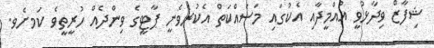
ޝިފާޒް ވިދާޅުވީ އުއްމީދާއި އެކުގައި މަސައްކަތް އެކުރެވެނީ ޕާޓީގެ ވިންދެއް ހުރީތީވެ ކަމށެވ.